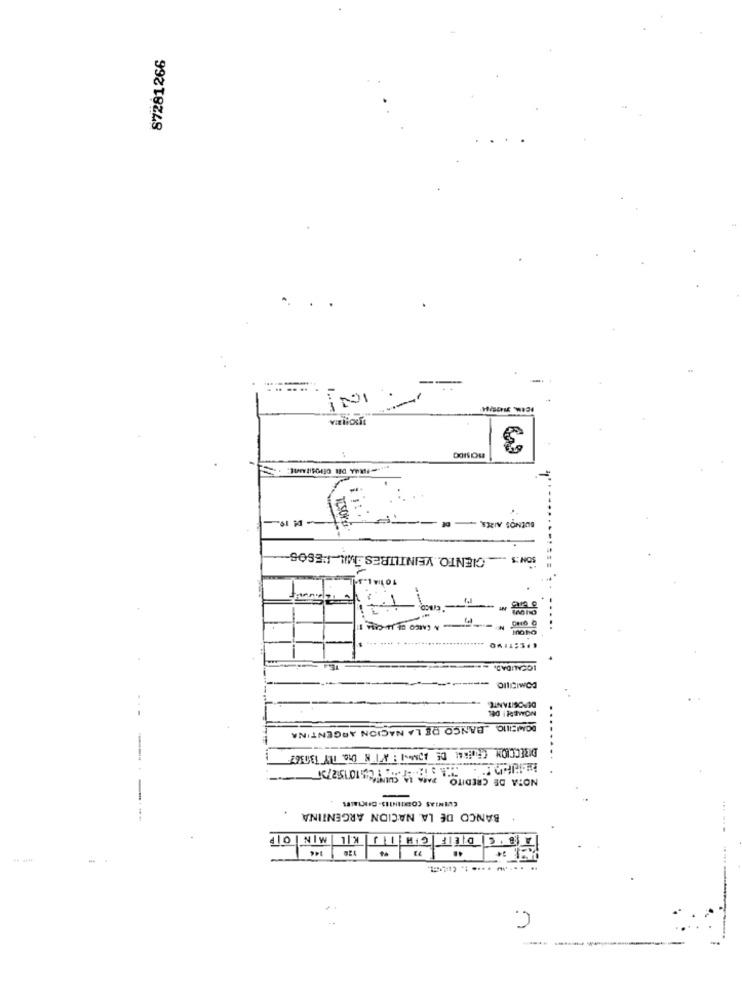
87281266
1 .-
SON'S CIENTO. VEINTITRES MIL "'ESOS-
04 1123 ..
OIlICIWCa
DEPOSITANTE
140 i RTWON
DOMEILIO BANCO DE LA NACION ARGENTINA
NOTA DE CREDITO PARO 1 , 2,10752/3
BANCO DE LA NACION ARGENTINA
10 NW 12 11 H2 130 3 8
..
C.